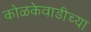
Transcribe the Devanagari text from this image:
कोळकेवाडीच्या